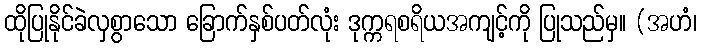
ထိုပြုနိုင်ခဲလှစွာသော ခြောက်နှစ်ပတ်လုံး ဒုက္ကရစရိယအကျင့်ကို ပြုသည်မှ။ (အဟံ၊